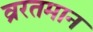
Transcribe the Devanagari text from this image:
व्ररतमान